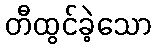
တီထွင်ခဲ့သော